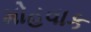
મોહવાક